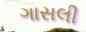
ગાસલી